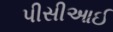
પીસીઆઈ